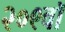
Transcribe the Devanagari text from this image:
२०९वॉ